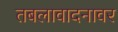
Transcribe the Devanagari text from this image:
तबलावादनावर